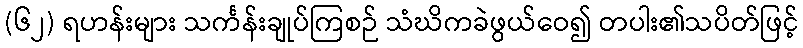
(၆၂) ရဟန်းများ သင်္ကန်းချုပ်ကြစဉ် သံဃိကခဲဖွယ်ဝေ၍ တပါး၏သပိတ်ဖြင့်